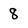
Character: 8